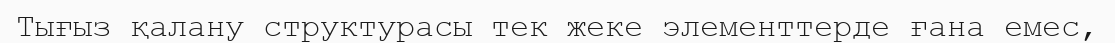
Тығыз қалану структурасы тек жеке элементтерде ғана емес,